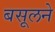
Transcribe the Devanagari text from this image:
बसूलने